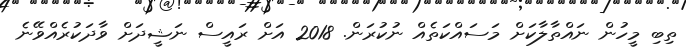
ތިބި މީހުން ނައްތާލާކަށް މަސައްކަތެއް ނުކުރަން. 2018 އަށް ރައީސް ނަޝީދަށް ވާދަކުރެއްވޭނެ